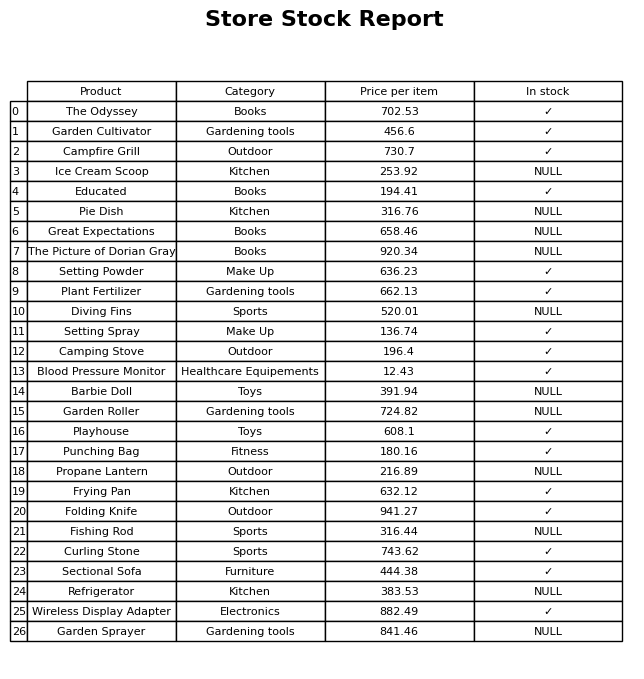
question: What is the price of the Sectional Sofa?
answer: The price of Sectional Sofa is 444.38.